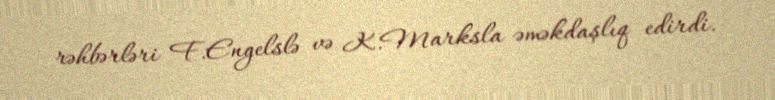
rəhbərləri F.Engelslə və K.Marksla əməkdaşlıq edirdi.